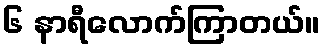
၆ နာရီလောက်ကြာတယ်။